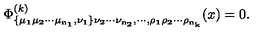
\Phi _ { \bf \{ \mu _ { 1 } \mu _ { 2 } \cdots \mu _ { n _ { 1 } } , \nu _ { 1 } \} \nu _ { 2 } \cdots \nu _ { n _ { 2 } } , \cdots , \rho _ { 1 } \rho _ { 2 } \cdots \rho _ { n _ { k } } } ^ { ( k ) } ( x ) = 0 .